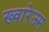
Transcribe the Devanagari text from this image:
ख्वारेज्म